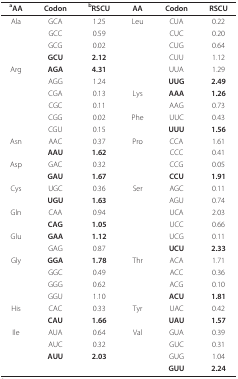
<table><thead><tr><td><b><sup>a</sup>AA</b></td><td><b>Codon</b></td><td><b><sup>b</sup>RSCU</b></td><td><b>AA</b></td><td><b>Codon</b></td><td><b>RSCU</b></td></tr></thead><tbody><tr><td>Ala</td><td>GCA</td><td>1.25</td><td>Leu</td><td>CUA</td><td>0.22</td></tr><tr><td></td><td>GCC</td><td>0.59</td><td></td><td>CUC</td><td>0.20</td></tr><tr><td></td><td>GCG</td><td>0.02</td><td></td><td>CUG</td><td>0.64</td></tr><tr><td></td><td><b>GCU</b></td><td><b>2.12</b></td><td></td><td>CUU</td><td>1.12</td></tr><tr><td>Arg</td><td><b>AGA</b></td><td><b>4.31</b></td><td></td><td>UUA</td><td>1.29</td></tr><tr><td></td><td>AGG</td><td>1.24</td><td></td><td><b>UUG</b></td><td><b>2.49</b></td></tr><tr><td></td><td>CGA</td><td>0.13</td><td>Lys</td><td><b>AAA</b></td><td><b>1.26</b></td></tr><tr><td></td><td>CGC</td><td>0.11</td><td></td><td>AAG</td><td>0.73</td></tr><tr><td></td><td>CGG</td><td>0.02</td><td>Phe</td><td>UUC</td><td>0.43</td></tr><tr><td></td><td>CGU</td><td>0.15</td><td></td><td><b>UUU</b></td><td><b>1.56</b></td></tr><tr><td>Asn</td><td>AAC</td><td>0.37</td><td>Pro</td><td>CCA</td><td>1.61</td></tr><tr><td></td><td><b>AAU</b></td><td><b>1.62</b></td><td></td><td>CCC</td><td>0.41</td></tr><tr><td>Asp</td><td>GAC</td><td>0.32</td><td></td><td>CCG</td><td>0.05</td></tr><tr><td></td><td><b>GAU</b></td><td><b>1.67</b></td><td></td><td><b>CCU</b></td><td><b>1.91</b></td></tr><tr><td>Cys</td><td>UGC</td><td>0.36</td><td>Ser</td><td>AGC</td><td>0.11</td></tr><tr><td></td><td><b>UGU</b></td><td><b>1.63</b></td><td></td><td>AGU</td><td>0.74</td></tr><tr><td>Gln</td><td>CAA</td><td>0.94</td><td></td><td>UCA</td><td>2.03</td></tr><tr><td></td><td><b>CAG</b></td><td><b>1.05</b></td><td></td><td>UCC</td><td>0.66</td></tr><tr><td>Glu</td><td><b>GAA</b></td><td><b>1.12</b></td><td></td><td>UCG</td><td>0.11</td></tr><tr><td></td><td>GAG</td><td>0.87</td><td></td><td><b>UCU</b></td><td><b>2.33</b></td></tr><tr><td>Gly</td><td><b>GGA</b></td><td><b>1.78</b></td><td>Thr</td><td>ACA</td><td>1.71</td></tr><tr><td></td><td>GGC</td><td>0.49</td><td></td><td>ACC</td><td>0.36</td></tr><tr><td></td><td>GGG</td><td>0.62</td><td></td><td>ACG</td><td>0.10</td></tr><tr><td></td><td>GGU</td><td>1.10</td><td></td><td><b>ACU</b></td><td><b>1.81</b></td></tr><tr><td>His</td><td>CAC</td><td>0.33</td><td>Tyr</td><td>UAC</td><td>0.42</td></tr><tr><td></td><td><b>CAU</b></td><td><b>1.66</b></td><td></td><td><b>UAU</b></td><td><b>1.57</b></td></tr><tr><td>Ile</td><td>AUA</td><td>0.64</td><td>Val</td><td>GUA</td><td>0.39</td></tr><tr><td></td><td>AUC</td><td>0.32</td><td></td><td>GUC</td><td>0.31</td></tr><tr><td></td><td><b>AUU</b></td><td><b>2.03</b></td><td></td><td>GUG</td><td>1.04</td></tr><tr><td></td><td></td><td></td><td></td><td><b>GUU</b></td><td><b>2.24</b></td></tr></tbody></table>